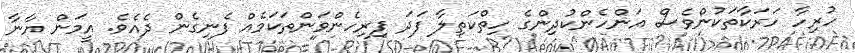
ހުރިހާ ހަރަކާތަކުންވެސް އަންހެންކުދިންގެ ހިތްކަތިލާ ފަދަ ފިރިހެންވަންތަކަމެއް ފެނިގެން ދެއެވެ. އީމަން ޔާނާ